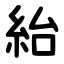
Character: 紿